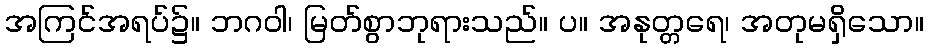
အကြင်အရပ်၌။ ဘဂဝါ၊ မြတ်စွာဘုရားသည်။ ပ။ အနုတ္တရေ၊ အတုမရှိသော။